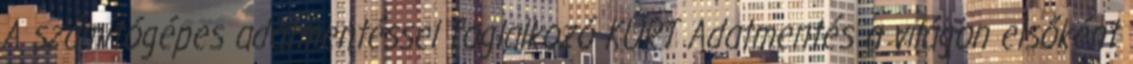
A számítógépes adatmentéssel foglalkozó KÜRT Adatmentés a világon elsőként